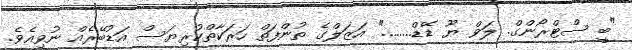
"ބީ ސްޓްރޯންގް. ލަވް ޔޫ ޑޭޑް........" އަޒަލްގެ ތުންފަތް ހަރަކާތްކުރިޔަސް އަޑުބޭރެއް ނުވިއެވެ.